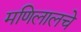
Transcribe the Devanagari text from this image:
मणिलालचे